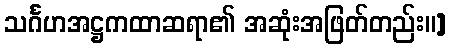
သင်္ဂဟအဋ္ဌကထာဆရာ၏ အဆုံးအဖြတ်တည်း။]